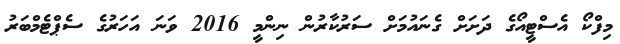
މިފްކޯ އެސްޓީއޯގެ ދަށަށް ގެނައުމަށް ސަރުކާރުން ނިންމީ 2016 ވަނަ އަހަރުގެ ސެޕްޓެމްބަރު